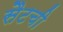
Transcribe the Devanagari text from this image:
सैटची